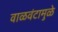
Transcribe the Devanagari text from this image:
वाळवंटामुळे